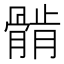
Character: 𱅲